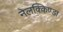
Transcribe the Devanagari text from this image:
नेलक्किण्डा